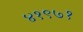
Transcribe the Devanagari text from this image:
४१९७१